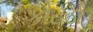
કોટડો